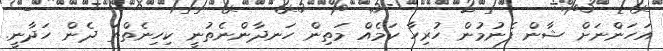
އަހަންނަށް ޝާން ފެނުމުން ހުރިހާ ކަމެއް މަތިން ހަނދާންނެތުނީ ކިހިނެތްތަ ދެން ހަދާނީ.